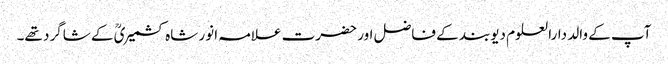
آپ کے والد دارالعلوم دیوبند کے فاضل اور حضرت علامہ انور شاہ کشمیریؒ کے شاگرد تھے۔